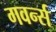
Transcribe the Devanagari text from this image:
गवर्न्स